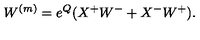
W ^ { ( m ) } = e ^ { Q } ( X ^ { + } W ^ { - } + X ^ { - } W ^ { + } ) .